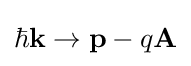
\hbar \mathbf {k} \to \mathbf {p} -q\mathbf {A}